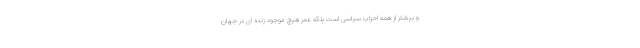
و بیشتر از همه احزاب سیاسی است بلکه عمر هیچ موجود زنده ای در جهان